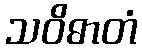
သဝိဓာတံ